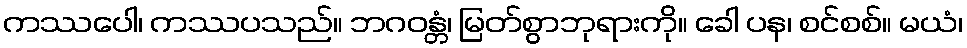
ကဿပေါ၊ ကဿပသည်။ ဘဂဝန္တံ၊ မြတ်စွာဘုရားကို။ ခေါ ပန၊ စင်စစ်။ မယံ၊